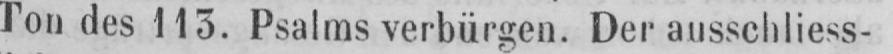
Ton des 113. Psalms verbürgen. Der ausschliess-